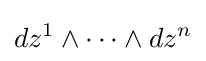
dz^{1}\wedge \cdots \wedge dz^{n}